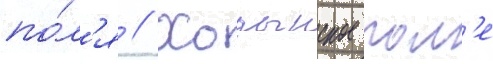
по́л'я // Ходынское пол'е